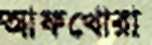
আফখোরা